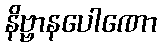
နိဗ္ဗာနပေါဏော